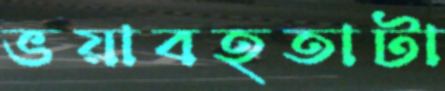
ভয়াবহতাটা